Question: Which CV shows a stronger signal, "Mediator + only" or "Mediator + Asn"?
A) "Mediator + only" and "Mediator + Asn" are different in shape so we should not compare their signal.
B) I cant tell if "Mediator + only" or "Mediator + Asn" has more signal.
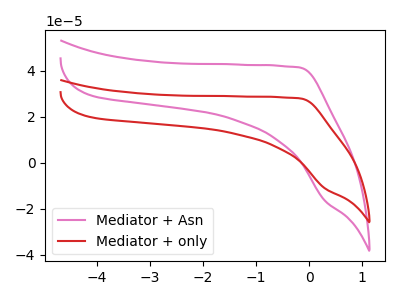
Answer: <think>The pink curve "Mediator + Asn" has no peaks. The red curve "Mediator + only" has no peaks.
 Neither "Mediator + only" or "Mediator + Asn" have any peaks.</think>
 <answer>B) I cant tell if "Mediator + only" or "Mediator + Asn" has more signal.</answer>
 <eval>B</eval>